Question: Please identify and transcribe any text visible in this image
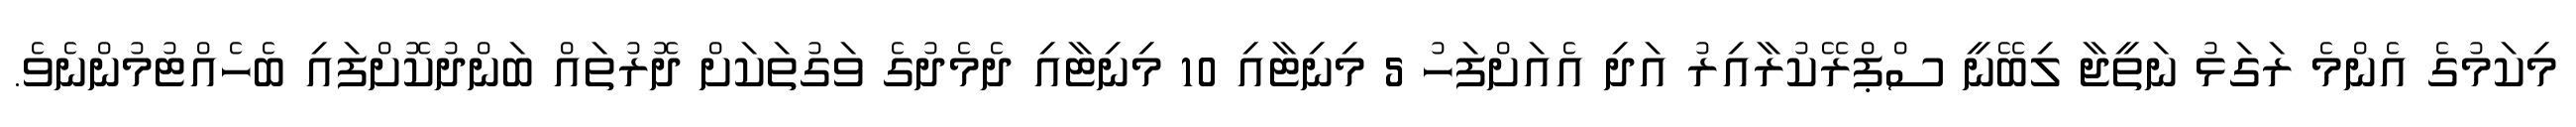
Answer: މިކަމުގެ އެންމެ ރަގަޅު ނަތީޖާ ލިބޭނީ ސްޕްރޭކުރާއިރު އަދި އެއަށްފަހު 5 މިނިޓާއި 10 މިނިޓާއި ދެމެދުގެ ވަގުތަކަށް ދޮރުތައް ބަންދުކޮށްފައި ބެހެއްޓުމުންނެވެ.